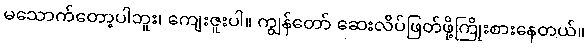
မသောက်တော့ပါဘူး၊ ကျေးဇူးပါ။ ကျွန်တော် ဆေးလိပ်ဖြတ်ဖို့ကြိုးစားနေတယ်။